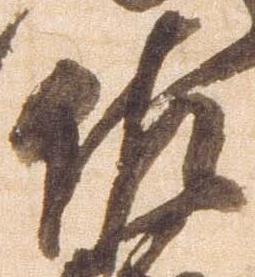
佐